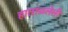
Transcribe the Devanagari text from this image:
हाताळलेली